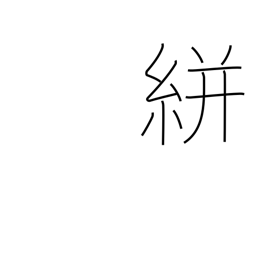
Meaning: splashed pattern (on cloth)